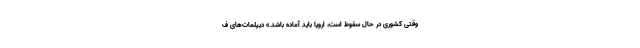
وقتی کشوری در حال سقوط است، اروپا باید آماده باشد.» دیپلمات‌های ف